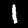
Digit: 1